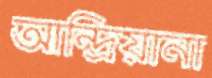
আন্দ্রিয়ানা